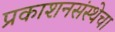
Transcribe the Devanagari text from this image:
प्रकाशनसंस्थेचा